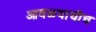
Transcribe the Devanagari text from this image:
आवळ्याचीच